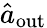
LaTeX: \hat{a}_{\mathrm{out}}